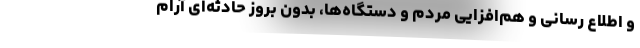
و اطلاع رسانی و هم‌افزایی مردم و دستگاه‌ها، بدون بروز حادثه‌ای آرام